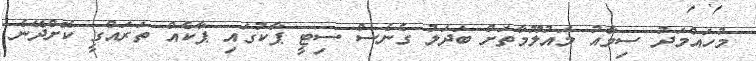
މުހައްމަދު ސިމާއު މައުލޫމާތަށް ބަދަލު ގެނެސް ސިޓީ ޕާކުގައި ޕާކެއް ތަރައްގީ ކޮށްދޭނެ